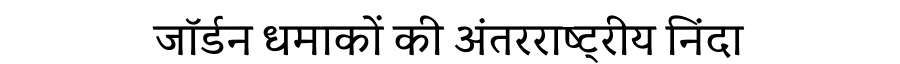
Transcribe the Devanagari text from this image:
जॉर्डन धमाकों की अंतरराष्ट्रीय निंदा